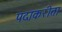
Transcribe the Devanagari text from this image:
पदाकरीता